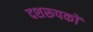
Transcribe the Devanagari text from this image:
दशरूपकों